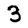
Character: 3